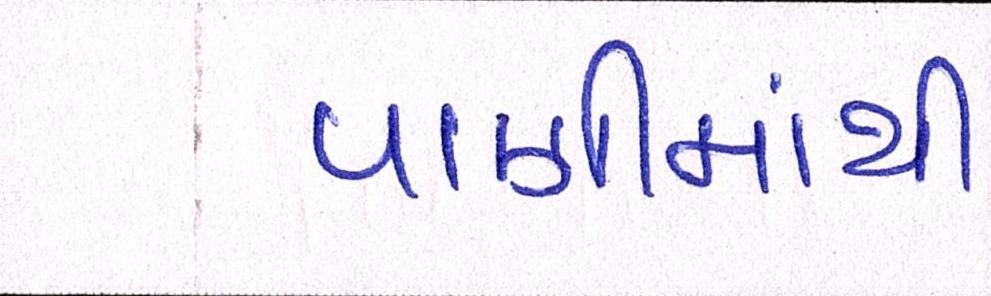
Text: પાણીમાંથી